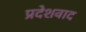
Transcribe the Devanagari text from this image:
प्रदेशवाद